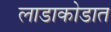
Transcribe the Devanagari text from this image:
लाडाकोडात